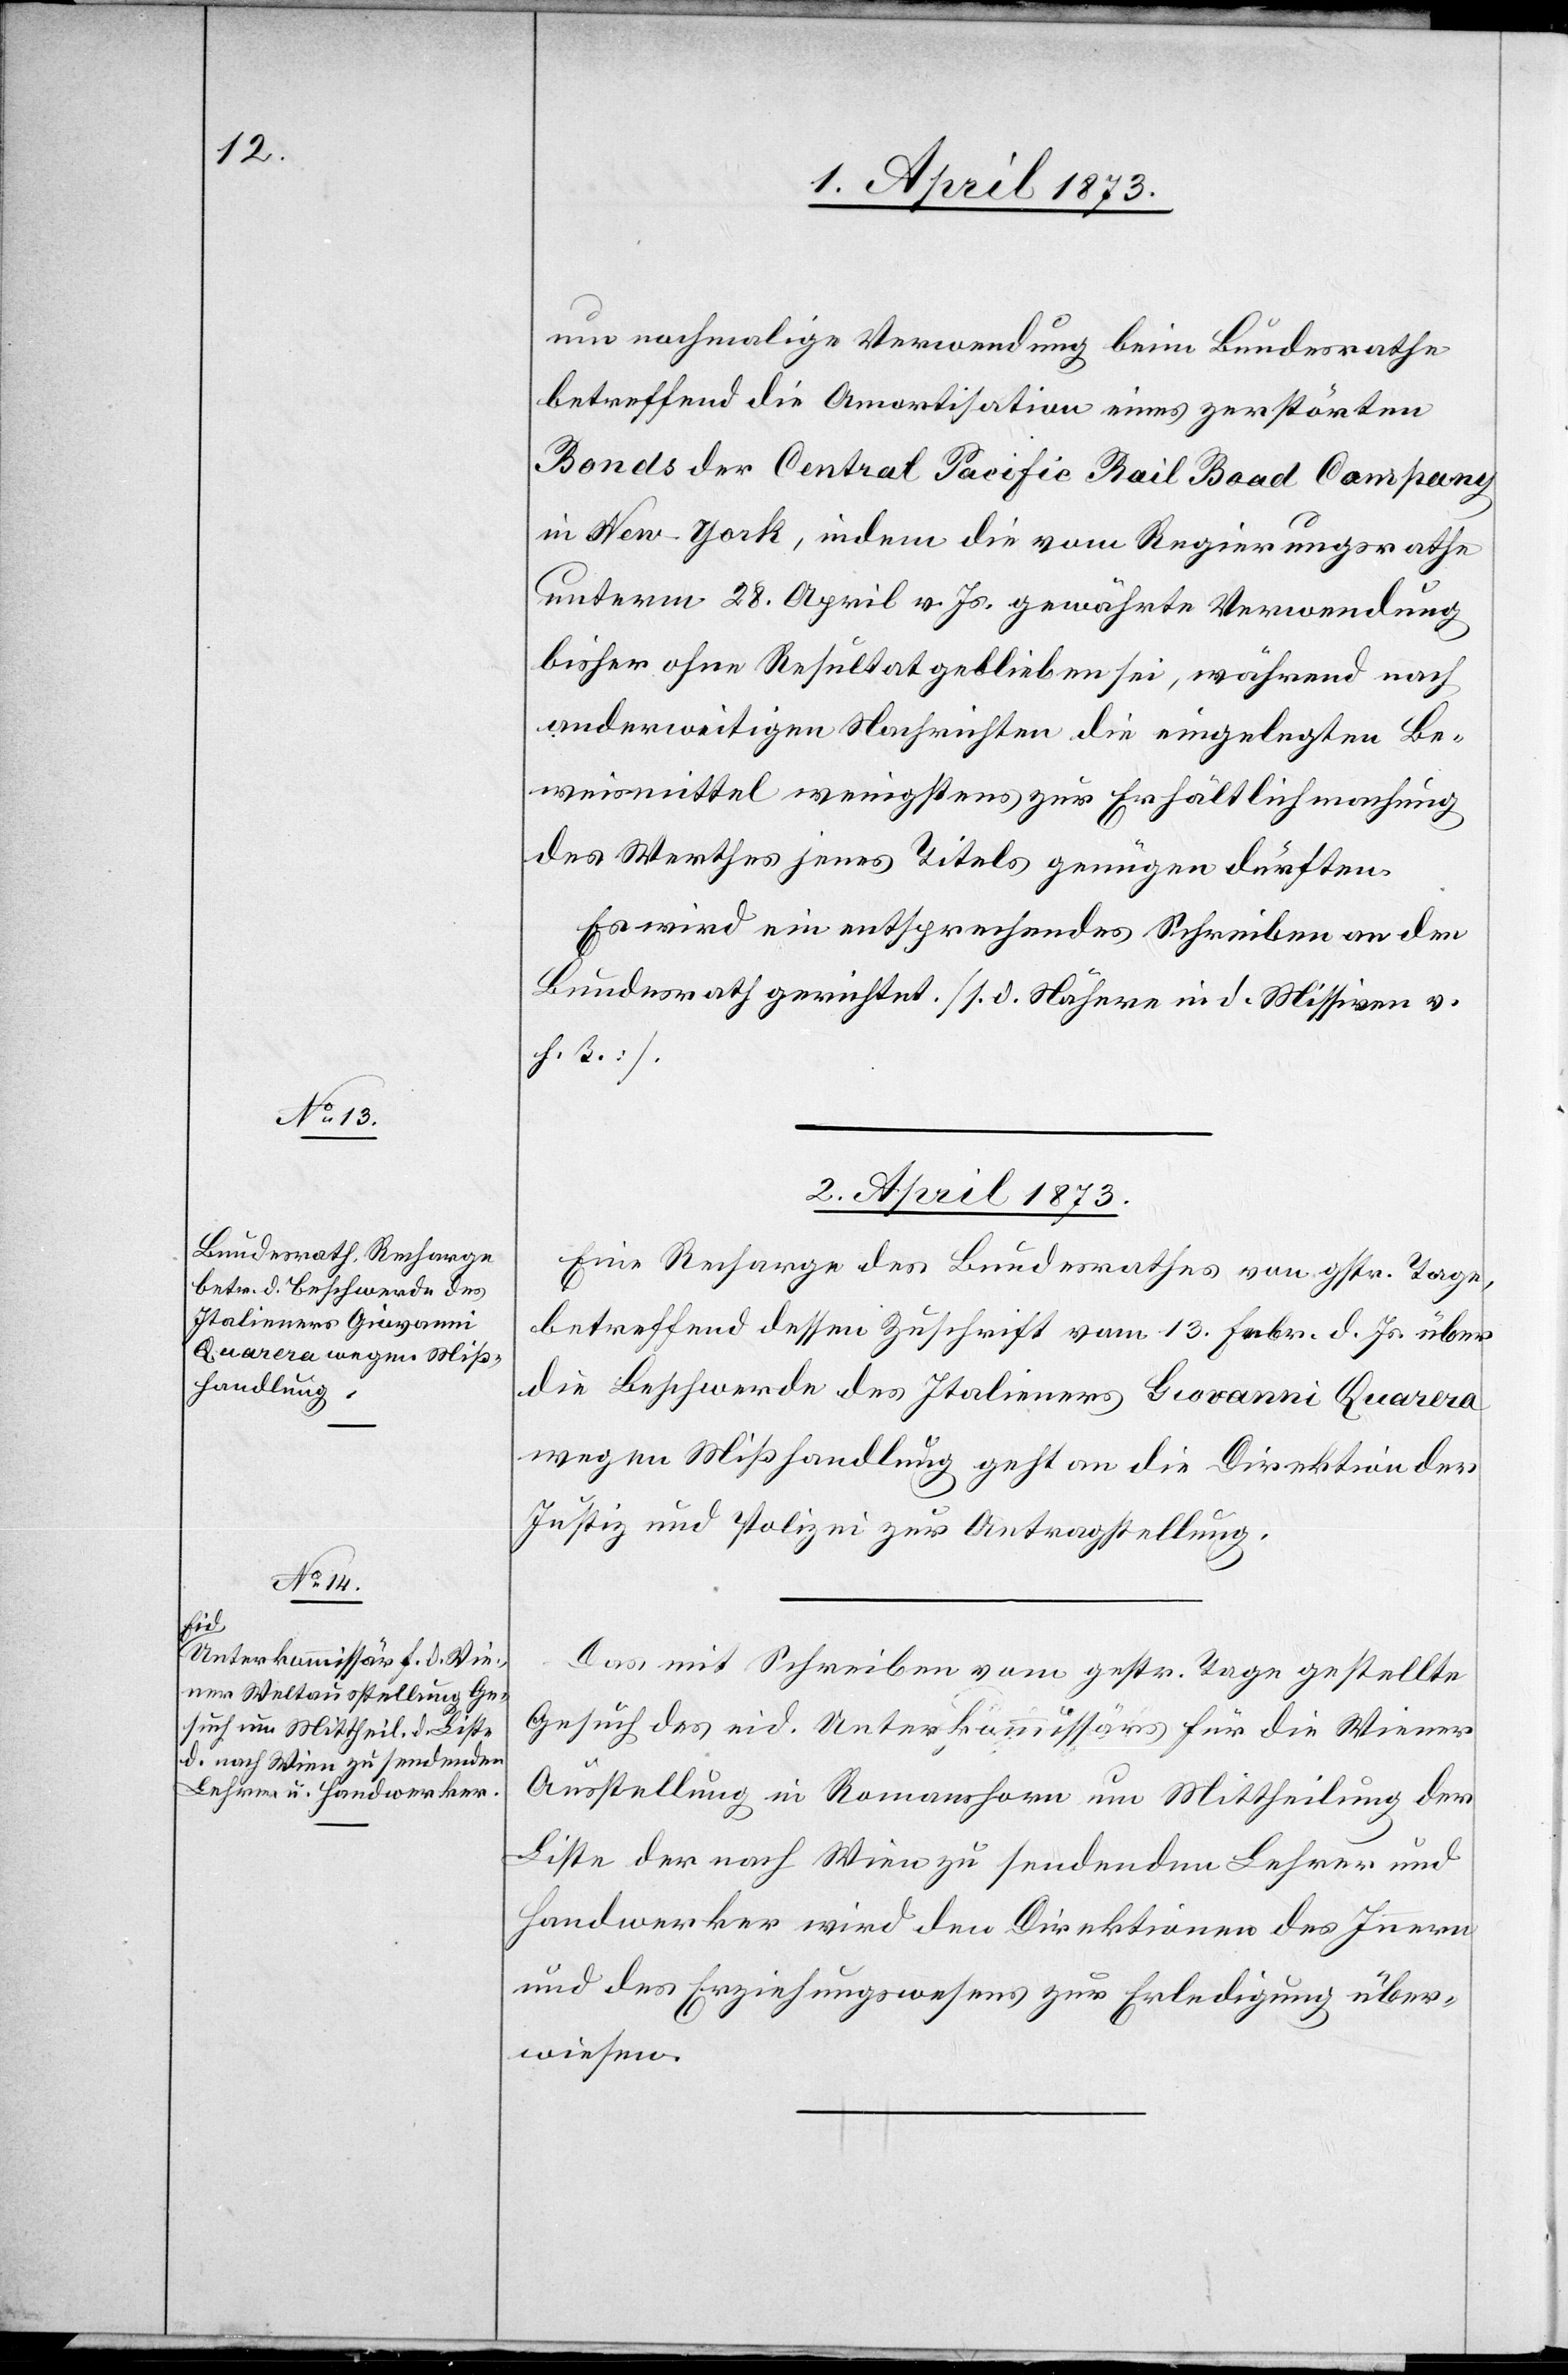
um nochmalige Verwendung beim Bundesrathe
betreffend die Amortisation eines zerstörten
Bonds der Central Pacific Rail Road Company
in New-York, indem die vom Regierungsrathe
unterm 28. April v. Js. gewährte Verwendung
bisher ohne Resultat geblieben sei, während nach
anderweitigen Nachrichten die eingelegten Be¬
weismittel wenigstens zur Erhältlichmachung
des Werthes jenes Titels genügen dürften.
Es wird eine entsprechendes Schreiben an den
Bundesrath gerichtet. [s. d. Nähere in d. Missive v.
h. T.].
2. April 1873.]
Eine Recharge des Bundesrathes vom gestr. Tage,
betreffend dessen Zuschrift vom 13. Febr. d. Js. über
die Beschwerde des Italieners Giovanni Quarera
wegen Mißhandlung geht an die Direktion der
Justiz und Polizei zur Antragstellung.
Das mit Schreiben vom gestr. Tage gestellte
Gesuch des eid. Unterkommissärs für die Wiener
Ausstellung in Romanshorn um Mittheilung der
Liste der nach Wien zu sendenden Lehrer und
Handwerker wird den Direktionen des Innern
und des Erziehungswesens zur Erledigung über¬
wiesen.